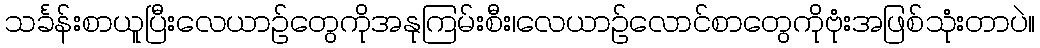
သင်္ခန်းစာယူပြီးလေယာဉ်တွေကိုအနုကြမ်းစီး၊လေယာဉ်လောင်စာတွေကိုဗုံးအဖြစ်သုံးတာပဲ။